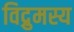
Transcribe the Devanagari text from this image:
विद्रुमस्य